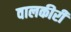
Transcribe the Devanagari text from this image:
वालकीरी